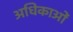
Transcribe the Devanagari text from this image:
अधिकाओं